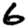
Digit: 6